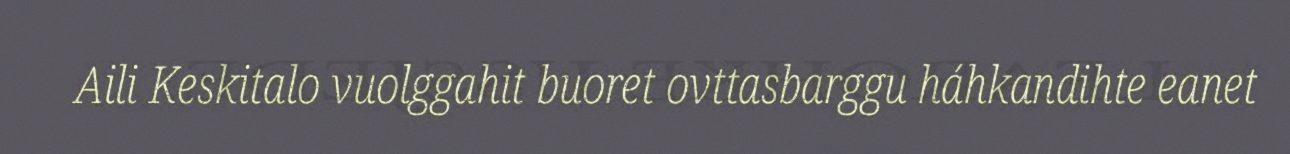
Aili Keskitalo vuolggahit buoret ovttasbarggu háhkandihte eanet